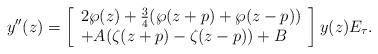
LaTeX: \begin{align*}y^{\prime \prime}(z)=\left[\begin{array}[c]{l}2\wp(z)+\frac{3}{4}(\wp(z+p)+\wp(z-p))\\+A(\zeta(z+p)-\zeta(z-p))+B\end{array}\right] y(z)E_{\tau}. \end{align*}